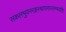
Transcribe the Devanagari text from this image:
सकलभुवनरङ्गस्थापनास्तम्भयष्टिः